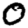
Digit: 0